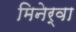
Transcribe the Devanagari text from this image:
मिनेर्वा